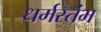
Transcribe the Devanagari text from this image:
धर्मस्तंभ